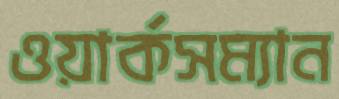
ওয়ার্কসম্যান